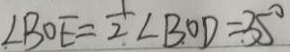
\angle B O E = \frac { 1 } { 2 } \angle B O D = 3 5 ^ { \circ }